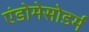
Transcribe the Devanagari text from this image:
एंडोमेसोडर्म